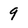
Character: 9